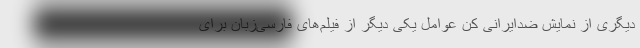
دیگری از نمایش ضدایرانی کن عوامل یکی دیگر از فیلم‌های فارسی‌زبان برای